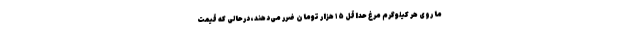
ما روی هر کیلوگرم مرغ حداقل ۱۵ هزار تومان ضرر می‌دهند، درحالی که قیمت